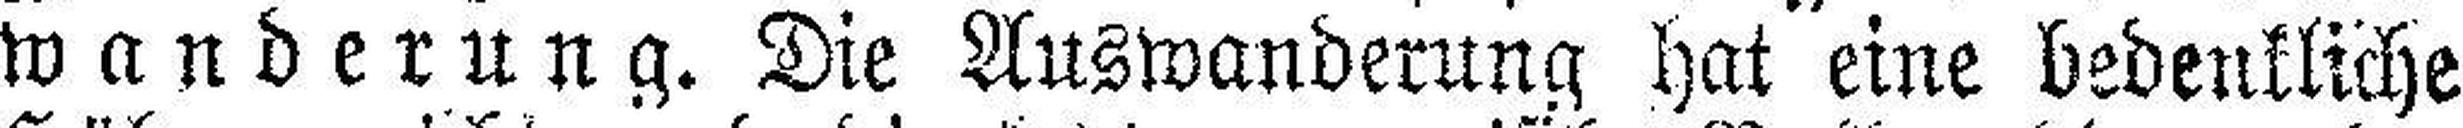
wanderung. Die Auswanderung hat eine bedenkliche